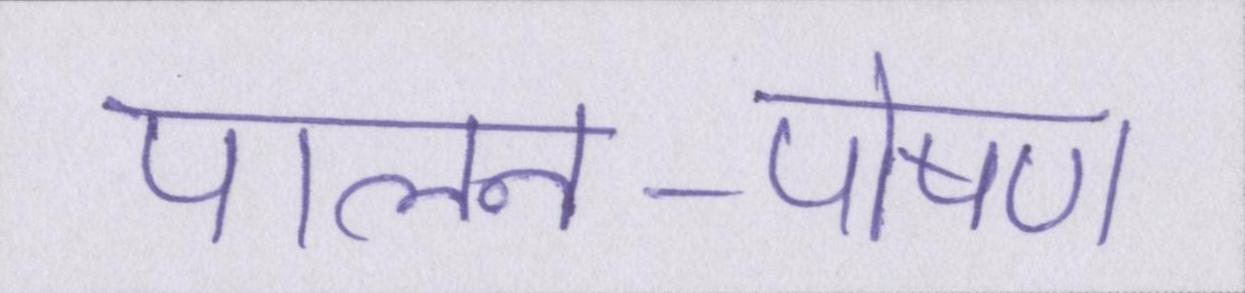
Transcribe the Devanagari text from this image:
पालन-पोषण